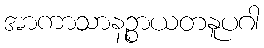
အာကာသာနဉ္စာယတနူပဂါ